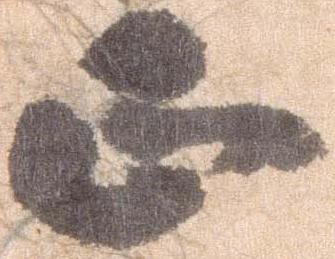
正